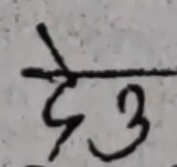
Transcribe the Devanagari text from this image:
देउ